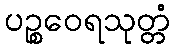
ပဉ္စဝေရသုတ္တံ